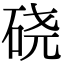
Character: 硗